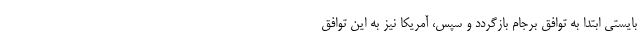
بایستی ابتدا به توافق برجام بازگردد و سپس، آمریکا نیز به این توافق